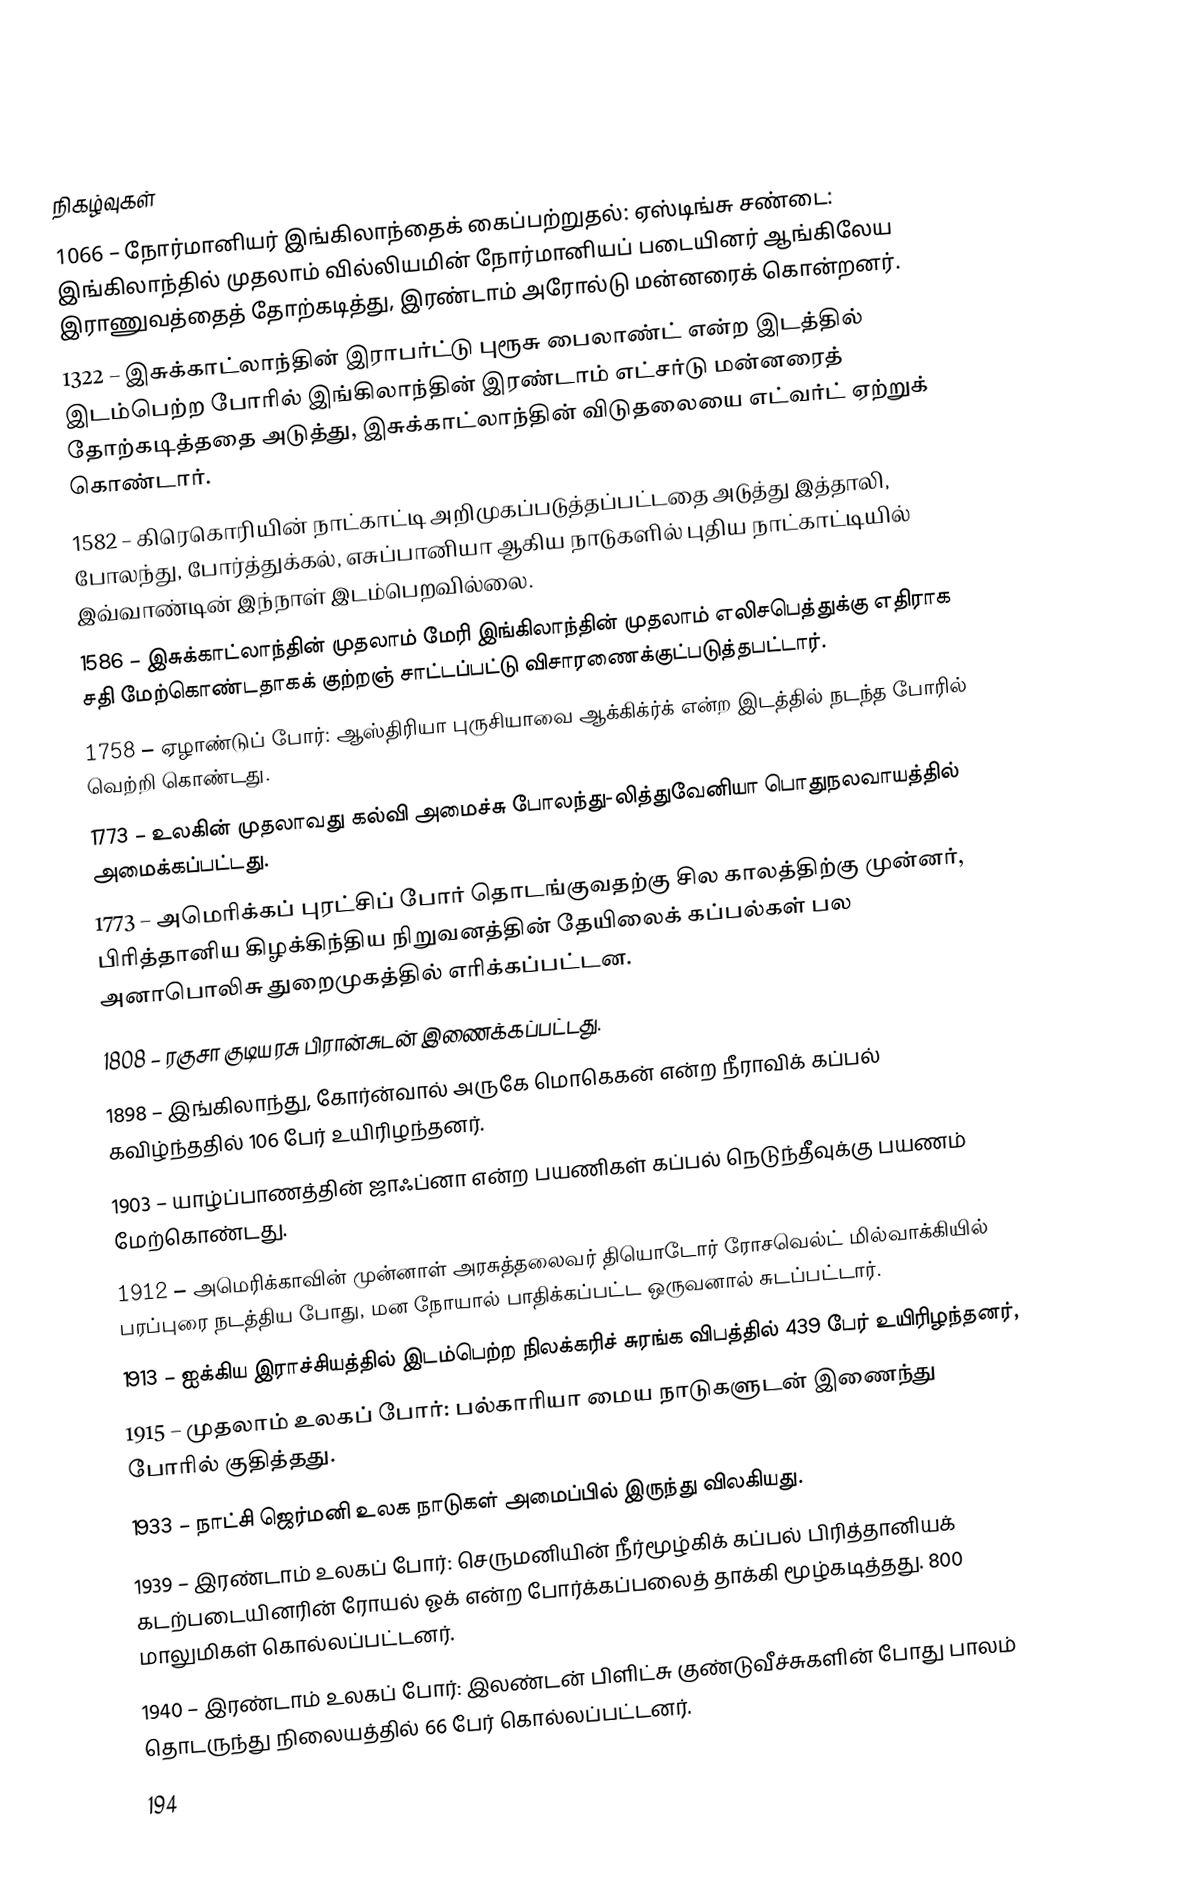

நிகழ்வுகள்
1066 – நோர்மானியர் இங்கிலாந்தைக் கைப்பற்றுதல்: ஏஸ்டிங்சு சண்டை: இங்கிலாந்தில் முதலாம் வில்லியமின் நோர்மானியப் படையினர் ஆங்கிலேய இராணுவத்தைத் தோற்கடித்து, இரண்டாம் அரோல்டு மன்னரைக் கொன்றனர்.
1322 – இசுக்காட்லாந்தின் இராபர்ட்டு புரூசு பைலாண்ட் என்ற இடத்தில் இடம்பெற்ற போரில் இங்கிலாந்தின் இரண்டாம் எட்சர்டு மன்னரைத் தோற்கடித்ததை அடுத்து, இசுக்காட்லாந்தின் விடுதலையை எட்வர்ட் ஏற்றுக் கொண்டார்.
1582 – கிரெகொரியின் நாட்காட்டி அறிமுகப்படுத்தப்பட்டதை அடுத்து இத்தாலி, போலந்து, போர்த்துக்கல், எசுப்பானியா ஆகிய நாடுகளில் புதிய நாட்காட்டியில் இவ்வாண்டின் இந்நாள் இடம்பெறவில்லை.
1586 – இசுக்காட்லாந்தின் முதலாம் மேரி இங்கிலாந்தின் முதலாம் எலிசபெத்துக்கு எதிராக சதி மேற்கொண்டதாகக் குற்றஞ் சாட்டப்பட்டு விசாரணைக்குட்படுத்தபட்டார்.
1758 – ஏழாண்டுப் போர்: ஆஸ்திரியா புருசியாவை ஆக்கிக்ர்க் என்ற இடத்தில் நடந்த போரில் வெற்றி கொண்டது.
1773 – உலகின் முதலாவது கல்வி அமைச்சு போலந்து-லித்துவேனியா பொதுநலவாயத்தில் அமைக்கப்பட்டது.
1773 – அமெரிக்கப் புரட்சிப் போர் தொடங்குவதற்கு சில காலத்திற்கு முன்னர், பிரித்தானிய கிழக்கிந்திய நிறுவனத்தின் தேயிலைக் கப்பல்கள் பல அனாபொலிசு துறைமுகத்தில் எரிக்கப்பட்டன.
1808 – ரகுசா குடியரசு பிரான்சுடன் இணைக்கப்பட்டது.
1898 – இங்கிலாந்து, கோர்ன்வால் அருகே மொகெகன் என்ற நீராவிக் கப்பல் கவிழ்ந்ததில் 106 பேர் உயிரிழந்தனர்.
1903 – யாழ்ப்பாணத்தின் ஜாஃப்னா என்ற பயணிகள் கப்பல் நெடுந்தீவுக்கு பயணம் மேற்கொண்டது.
1912 – அமெரிக்காவின் முன்னாள் அரசுத்தலைவர் தியொடோர் ரோசவெல்ட் மில்வாக்கியில் பரப்புரை நடத்திய போது, மன நோயால் பாதிக்கப்பட்ட ஒருவனால் சுடப்பட்டார்.
1913 – ஐக்கிய இராச்சியத்தில் இடம்பெற்ற நிலக்கரிச் சுரங்க விபத்தில் 439 பேர் உயிரிழந்தனர்,
1915 – முதலாம் உலகப் போர்: பல்காரியா மைய நாடுகளுடன் இணைந்து போரில் குதித்தது.
1933 – நாட்சி ஜெர்மனி உலக நாடுகள் அமைப்பில் இருந்து விலகியது.
1939 – இரண்டாம் உலகப் போர்: செருமனியின் நீர்மூழ்கிக் கப்பல் பிரித்தானியக் கடற்படையினரின் ரோயல் ஓக் என்ற போர்க்கப்பலைத் தாக்கி மூழ்கடித்தது. 800 மாலுமிகள் கொல்லப்பட்டனர்.
1940 – இரண்டாம் உலகப் போர்: இலண்டன் பிளிட்சு குண்டுவீச்சுகளின் போது பாலம் தொடருந்து நிலையத்தில் 66 பேர் கொல்லப்பட்டனர்.
194